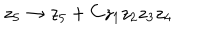
z _ { 5 } \to z _ { 5 } + C z _ { 1 } z _ { 2 } z _ { 3 } z _ { 4 }